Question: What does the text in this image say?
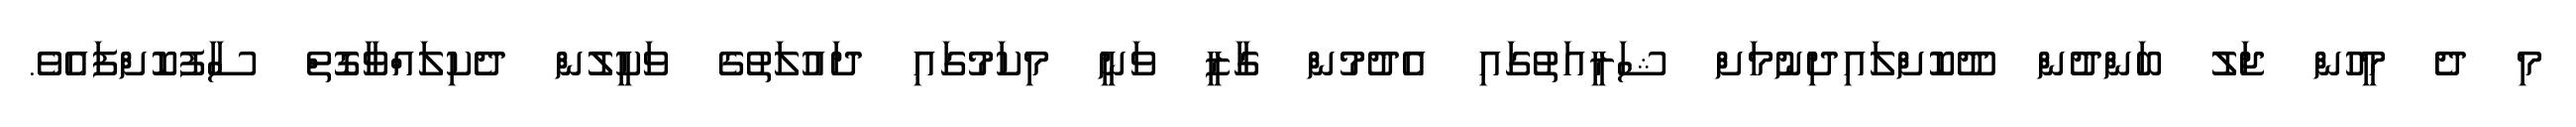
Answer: މި ދެ މީހުން ޖަލު ބަންދުން ދޫކޮށްލައިދިނުމަށް ޝަރީއަތުގައި އެދުމުން ގާޒީ ވަނީ މިކަމުގައި ދައުލަތުގެ ވަކީލުން ދެކިލައްވާގޮތް ސާފުކޮށްފައެވެ.